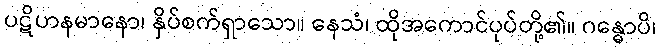
ပဋိဟနမာနော၊ နှိပ်စက်ရှာသော။ နေသံ၊ ထိုအကောင်ပုပ်တို့၏။ ဂန္ဓောပိ၊